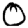
Digit: 0